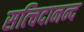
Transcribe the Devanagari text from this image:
सत्चिदानन्द